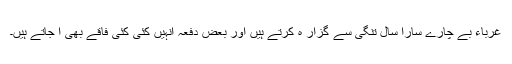
غرباء بے چارے سارا سال تنگی سے گزار ہ کرتے ہیں اور بعض دفعہ انہیں کئی کئی فاقے بھی آ جاتے ہیں۔